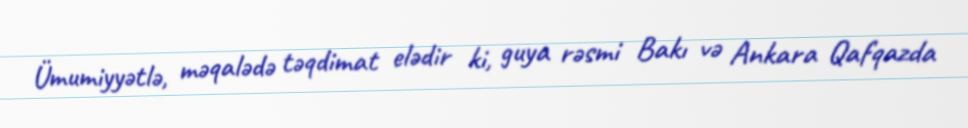
Ümumiyyətlə, məqalədə təqdimat elədir ki, guya rəsmi Bakı və Ankara Qafqazda